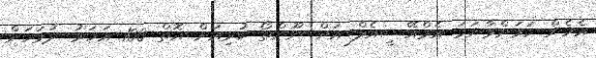
އެހެން ކަމަށްވާނަމަ އެމްއޭސީއެލް އަށް ނޫންތޯ ކުރިއަށް އޮތް 100 އަހަރު ދުވަހަށް